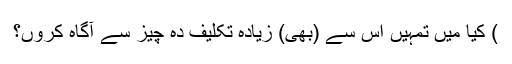
) کیا میں تمہیں اس سے (بھی) زیادہ تکلیف دہ چیز سے آگاہ کروں؟